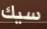
سيك